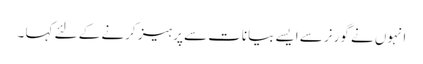
انہوں نے گورنر سے ایسے بیانات سے پرہیز کرنے کے لئے کہا ۔